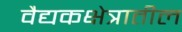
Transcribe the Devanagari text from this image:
वैद्यकक्षेत्रातील